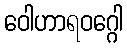
ဝေါဟာရဝဂ္ဂေါ